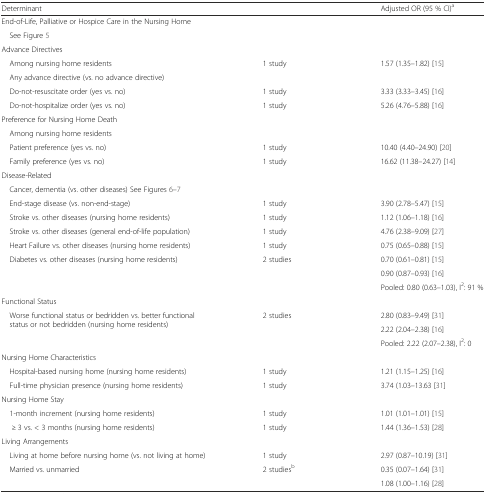
<table><thead><tr><td><b>Determinant</b></td><td>[EMPTY_CELL]</td><td><b>Adjusted OR (95 % CI)<sup>a</sup></b></td></tr></thead><tbody><tr><td colspan="3">End-of-Life, Palliative or Hospice Care in the Nursing Home</td></tr><tr><td> See Figure 5</td><td>[EMPTY_CELL]</td><td>[EMPTY_CELL]</td></tr><tr><td colspan="3">Advance Directives</td></tr><tr><td> Among nursing home residents</td><td rowspan="2">1 study</td><td rowspan="2">1.57 (1.35–1.82) [15]</td></tr><tr><td> Any advance directive (vs. no advance directive)</td></tr><tr><td> Do-not-resuscitate order (yes vs. no)</td><td>1 study</td><td>3.33 (3.33–3.45) [16]</td></tr><tr><td> Do-not-hospitalize order (yes vs. no)</td><td>1 study</td><td>5.26 (4.76–5.88) [16]</td></tr><tr><td colspan="3">Preference for Nursing Home Death</td></tr><tr><td> Among nursing home residents</td><td>[EMPTY_CELL]</td><td>[EMPTY_CELL]</td></tr><tr><td> Patient preference (yes vs. no)</td><td>1 study</td><td>10.40 (4.40–24.90) [20]</td></tr><tr><td> Family preference (yes vs. no)</td><td>1 study</td><td>16.62 (11.38–24.27) [14]</td></tr><tr><td colspan="3">Disease-Related</td></tr><tr><td> Cancer, dementia (vs. other diseases) See Figures 6–7</td><td>[EMPTY_CELL]</td><td>[EMPTY_CELL]</td></tr><tr><td> End-stage disease (vs. non-end-stage)</td><td>1 study</td><td>3.90 (2.78–5.47) [15]</td></tr><tr><td> Stroke vs. other diseases (nursing home residents)</td><td>1 study</td><td>1.12 (1.06–1.18) [16]</td></tr><tr><td> Stroke vs. other diseases (general end-of-life population)</td><td>1 study</td><td>4.76 (2.38–9.09) [27]</td></tr><tr><td> Heart Failure vs. other diseases (nursing home residents)</td><td>1 study</td><td>0.75 (0.65–0.88) [15]</td></tr><tr><td rowspan="3"> Diabetes vs. other diseases (nursing home residents)</td><td rowspan="3">2 studies</td><td>0.70 (0.61–0.81) [15]</td></tr><tr><td>0.90 (0.87–0.93) [16]</td></tr><tr><td>Pooled: 0.80 (0.63–1.03), I<sup>2</sup>: 91 %</td></tr><tr><td colspan="3">Functional Status</td></tr><tr><td rowspan="3"> Worse functional status or bedridden vs. better functional status or not bedridden (nursing home residents)</td><td rowspan="3">2 studies</td><td>2.80 (0.83–9.49) [31]</td></tr><tr><td>2.22 (2.04–2.38) [16]</td></tr><tr><td>Pooled: 2.22 (2.07–2.38), I<sup>2</sup>: 0</td></tr><tr><td colspan="3">Nursing Home Characteristics</td></tr><tr><td> Hospital-based nursing home (nursing home residents)</td><td>1 study</td><td>1.21 (1.15–1.25) [16]</td></tr><tr><td> Full-time physician presence (nursing home residents)</td><td>1 study</td><td>3.74 (1.03–13.63 [31]</td></tr><tr><td colspan="3">Nursing Home Stay</td></tr><tr><td> 1-month increment (nursing home residents)</td><td>1 study</td><td>1.01 (1.01–1.01) [15]</td></tr><tr><td>≥ 3 vs. &lt; 3 months (nursing home residents)</td><td>1 study</td><td>1.44 (1.36–1.53) [28]</td></tr><tr><td>Living Arrangements</td><td>[EMPTY_CELL]</td><td>[EMPTY_CELL]</td></tr><tr><td> Living at home before nursing home (vs. not living at home)</td><td>1 study</td><td>2.97 (0.87–10.19) [31]</td></tr><tr><td rowspan="2"> Married vs. unmarried</td><td rowspan="2">2 studies<sup>b</sup></td><td>0.35 (0.07–1.64) [31]</td></tr><tr><td>1.08 (1.00–1.16) [28]</td></tr></tbody></table>